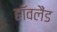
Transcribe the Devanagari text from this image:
हॉवलैंड